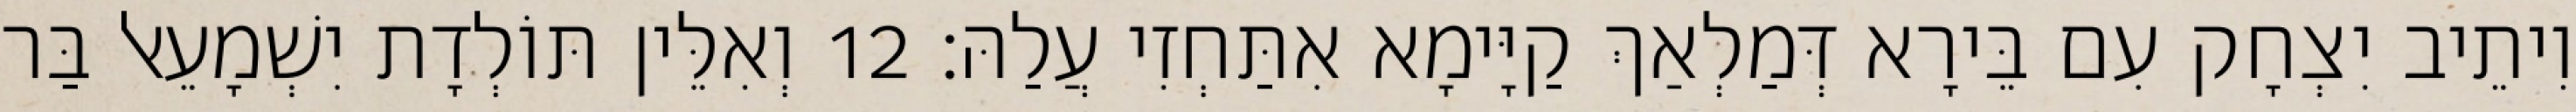
וִיתֵיב יִצְחָק עִם בֵּירָא דְּמַלְאַךְ קַיָּימָא אִתַּחְזִי עֲלַהּ׃ 12 וְאִלֵּין תּוֹלְדָת יִשְׁמָעֵאל בַּר